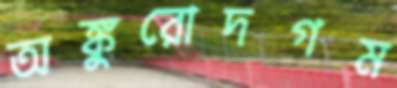
অঙ্কুরোদগম